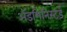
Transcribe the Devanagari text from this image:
ॲडमिनिस्टर्ड